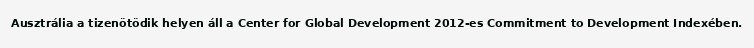
Ausztrália a tizenötödik helyen áll a Center for Global Development 2012-es Commitment to Development Indexében.